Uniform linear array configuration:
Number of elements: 32
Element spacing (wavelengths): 1
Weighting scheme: kaiser
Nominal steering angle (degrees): -30
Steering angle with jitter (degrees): -29.126
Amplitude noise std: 0.05
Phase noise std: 0.05

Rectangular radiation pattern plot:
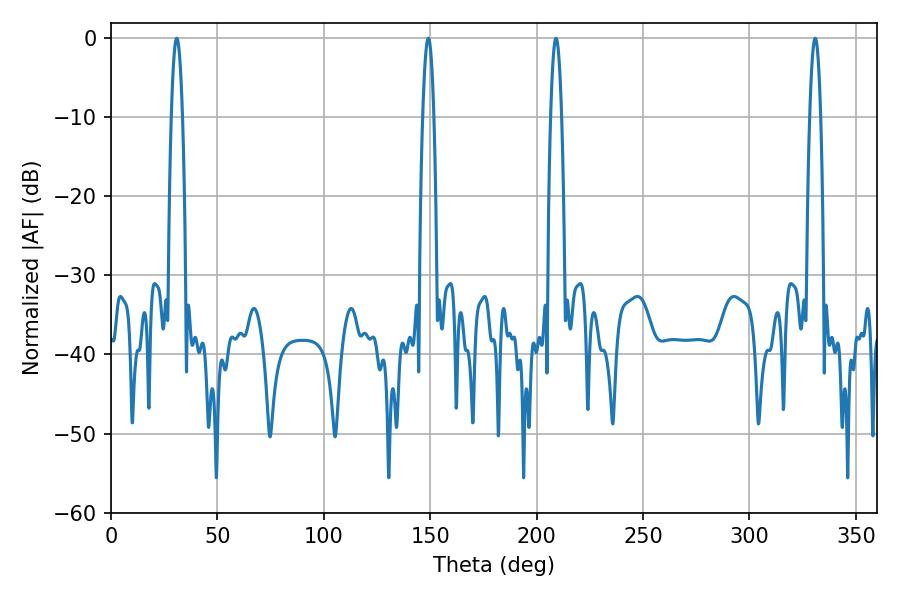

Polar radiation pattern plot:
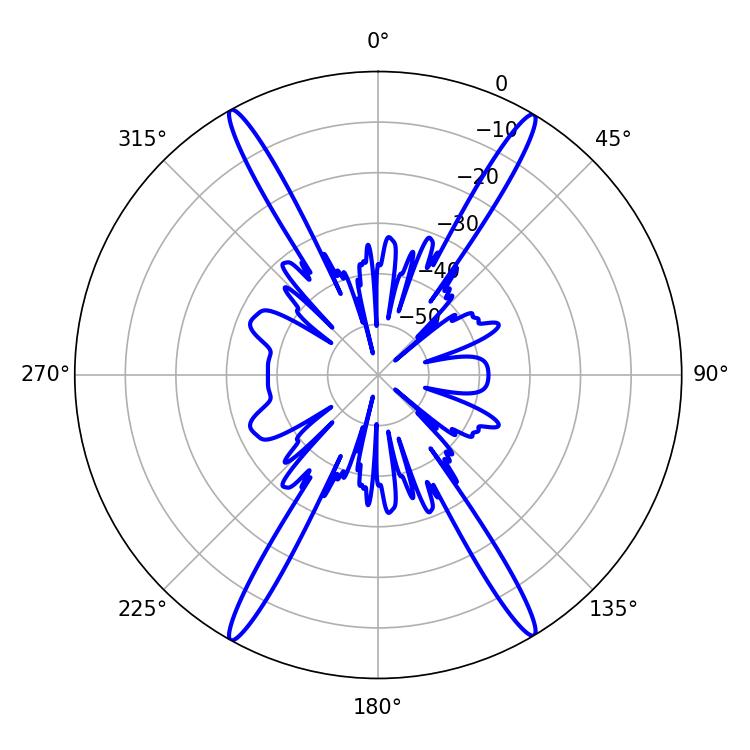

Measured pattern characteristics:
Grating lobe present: TRUE
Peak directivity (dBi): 27.26
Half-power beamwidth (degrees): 2.7
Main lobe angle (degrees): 330.84